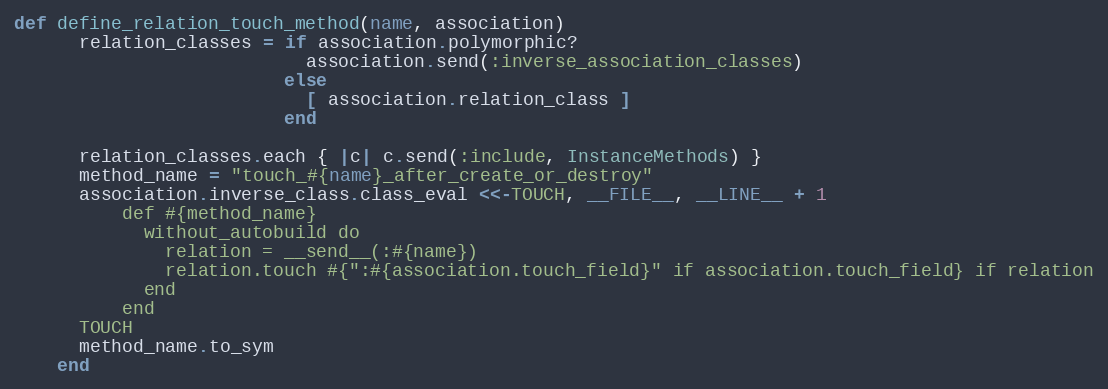
Language: Ruby
def define_relation_touch_method(name, association)
      relation_classes = if association.polymorphic?
                           association.send(:inverse_association_classes)
                         else
                           [ association.relation_class ]
                         end

      relation_classes.each { |c| c.send(:include, InstanceMethods) }
      method_name = "touch_#{name}_after_create_or_destroy"
      association.inverse_class.class_eval <<-TOUCH, __FILE__, __LINE__ + 1
          def #{method_name}
            without_autobuild do
              relation = __send__(:#{name})
              relation.touch #{":#{association.touch_field}" if association.touch_field} if relation
            end
          end
      TOUCH
      method_name.to_sym
    end